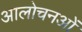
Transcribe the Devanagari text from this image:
आलोचनओं